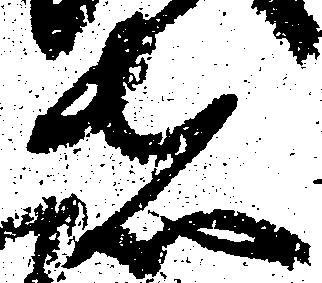
者